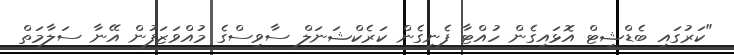
"ކަރުގައި ބެޑްޝީޓް އޮޅައިގެން ހުއްޓާ ފެނިގެން ކަރެކްޝަނަލް ސާވިސްގެ މުއްވަޒަފުން އޭނާ ސަލާމަތް